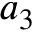
a _ { 3 }